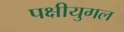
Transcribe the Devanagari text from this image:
पक्षीयुगल